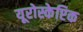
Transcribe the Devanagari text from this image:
यूरोस्केप्टिक